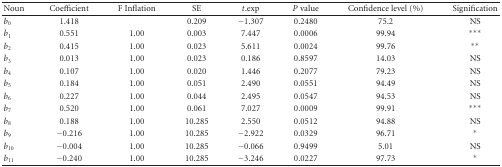
| Noun | Coefficient | F Inflation | SE | t.exp | P value | Confidence level (%) | Signification |
 | --- | --- | --- | --- | --- | --- | --- | --- |
 | b0 | 1.418 |  | 0.209 | −1.307 | 0.2480 | 75.2 | NS |
 | b1 | 0.551 | 1.00 | 0.003 | 7.447 | 0.0006 | 99.94 | *** |
 | b2 | 0.415 | 1.00 | 0.023 | 5.611 | 0.0024 | 99.76 | ** |
 | b3 | 0.013 | 1.00 | 0.023 | 0.186 | 0.8597 | 14.03 | NS |
 | b4 | 0.107 | 1.00 | 0.020 | 1.446 | 0.2077 | 79.23 | NS |
 | b5 | 0.184 | 1.00 | 0.051 | 2.490 | 0.0551 | 94.49 | NS |
 | b6 | 0.227 | 1.00 | 0.044 | 2.495 | 0.0547 | 94.53 | NS |
 | b7 | 0.520 | 1.00 | 0.061 | 7.027 | 0.0009 | 99.91 | *** |
 | b8 | 0.188 | 1.00 | 10.285 | 2.550 | 0.0512 | 94.88 | NS |
 | b9 | −0.216 | 1.00 | 10.285 | −2.922 | 0.0329 | 96.71 | * |
 | b10 | −0.004 | 1.00 | 10.285 | −0.066 | 0.9499 | 5.01 | NS |
 | b11 | −0.240 | 1.00 | 10.285 | −3.246 | 0.0227 | 97.73 | * |